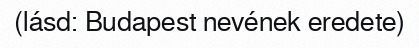
(lásd: Budapest nevének eredete)